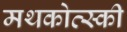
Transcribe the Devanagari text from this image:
मथकोत्स्की